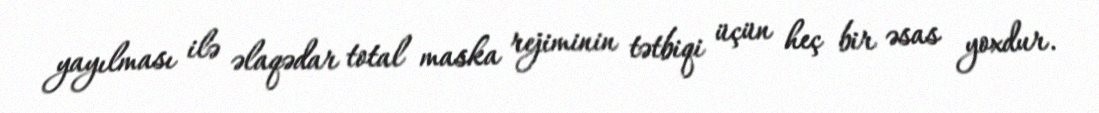
yayılması ilə əlaqədar total maska rejiminin tətbiqi üçün heç bir əsas yoxdur.